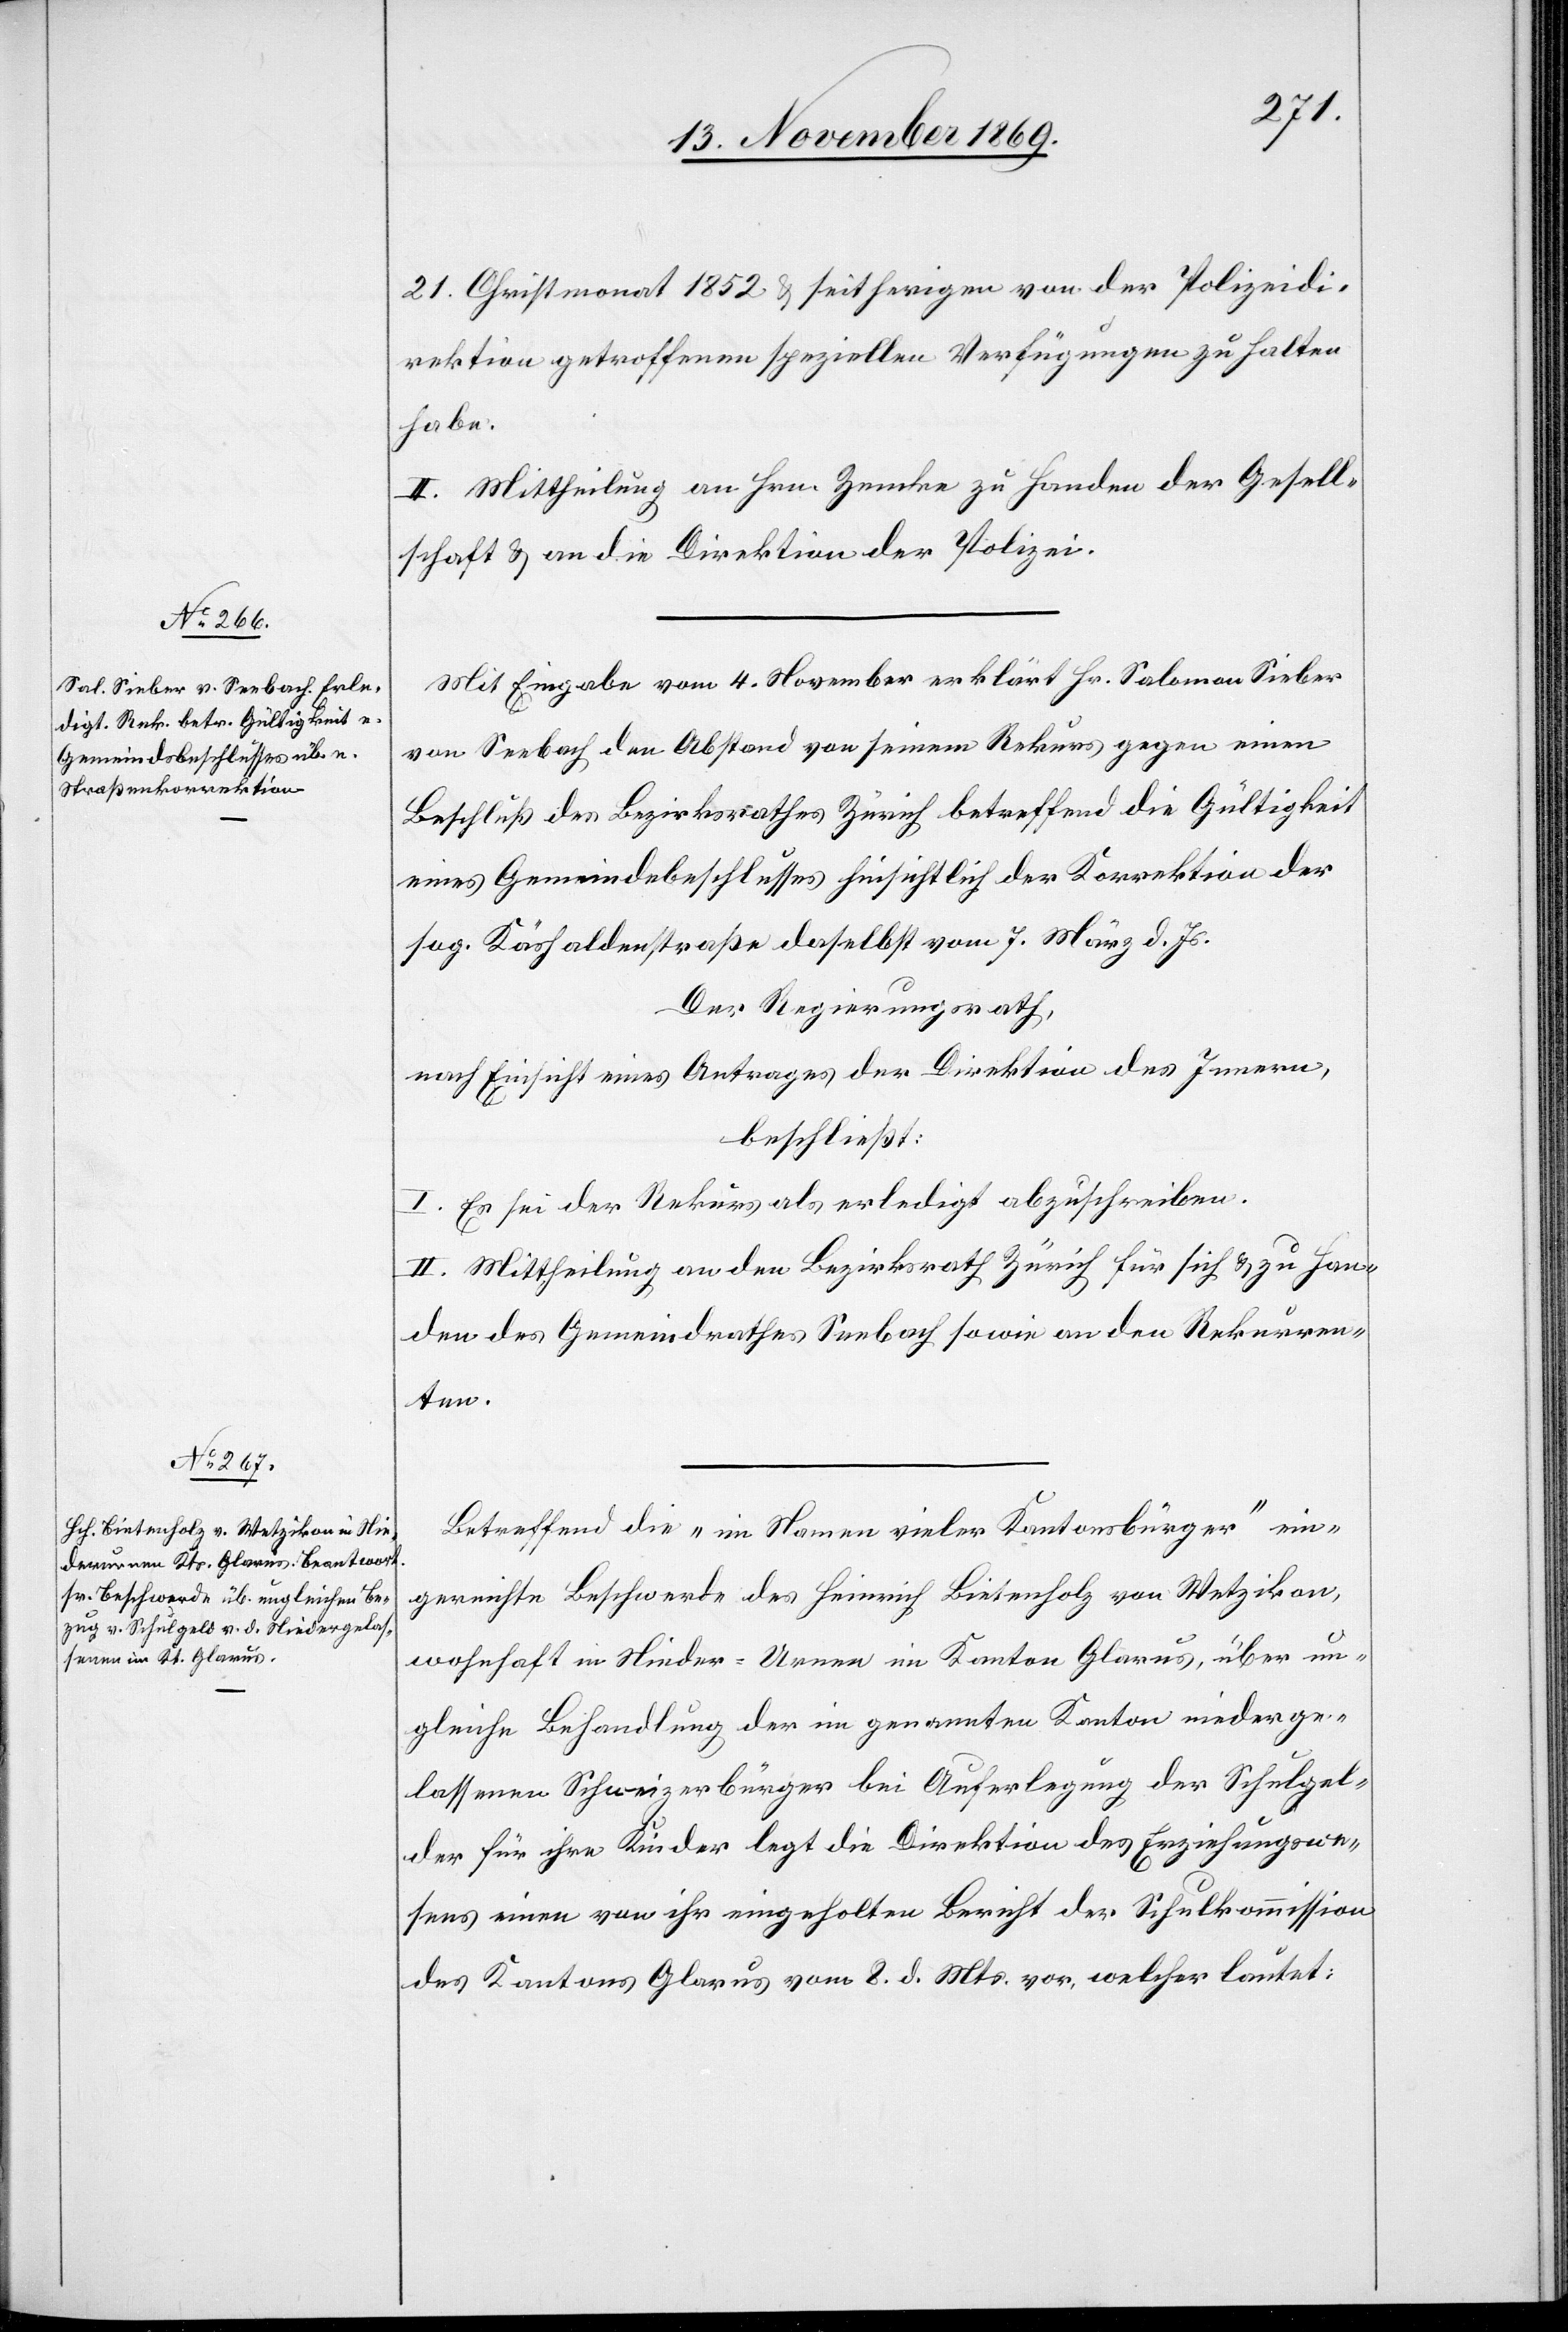
21. Christmonat 1852 & seitherigen von der Polizeidi¬
rektion getroffenen speziellen Verfügungen zu halten
habe.
II. Mittheilung an Hrn. Zemke zu Handen der Gesell¬
schaft & an die Direktion der Polizei.
Mit Eingabe vom 4. November erklärt Hr. Salomon Sieber
von Seebach den Abstand von seinem Rekurs gegen einen
Beschluß des Bezirksrathes Zürich betreffend die Gültigkeit
eines Gemeindebeschlusses hinsichtlich der Korrektion der
sog. Käshaldenstraße daselbst vom 7. März d. Js.
Der Regierungsrath,
nach Einsicht eines Antrages der Direktion des Innern,
beschließt:
I. Es sei der Rekurs als erledigt abzuschreiben.
II. Mittheilung an den Bezirksrath Zürich für sich & zu Han¬
den des Gemeindrathes Seebach sowie an den Rekurren¬
ten.
Betreffend die „im Namen vieler Kantonsbürger“ ein¬
gereichte Beschwerde des Heinrich Bietenholz von Wetzikon,
wohnhaft in Nieder-Urnen im Kanton Glarus, über un¬
gleiche Behandlung der im genannten Kanton niederge¬
lassenen Schweizerbürger bei Auferlegung der Schulgel¬
der für ihre Kinder legt die Direktion des Erziehungswe¬
sens einen von ihr eingeholten Bericht der Schulkommission
des Kantons Glarus vom 8. d. Mts. vor, welcher lautet: